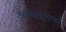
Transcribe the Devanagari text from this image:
अधिनायकों